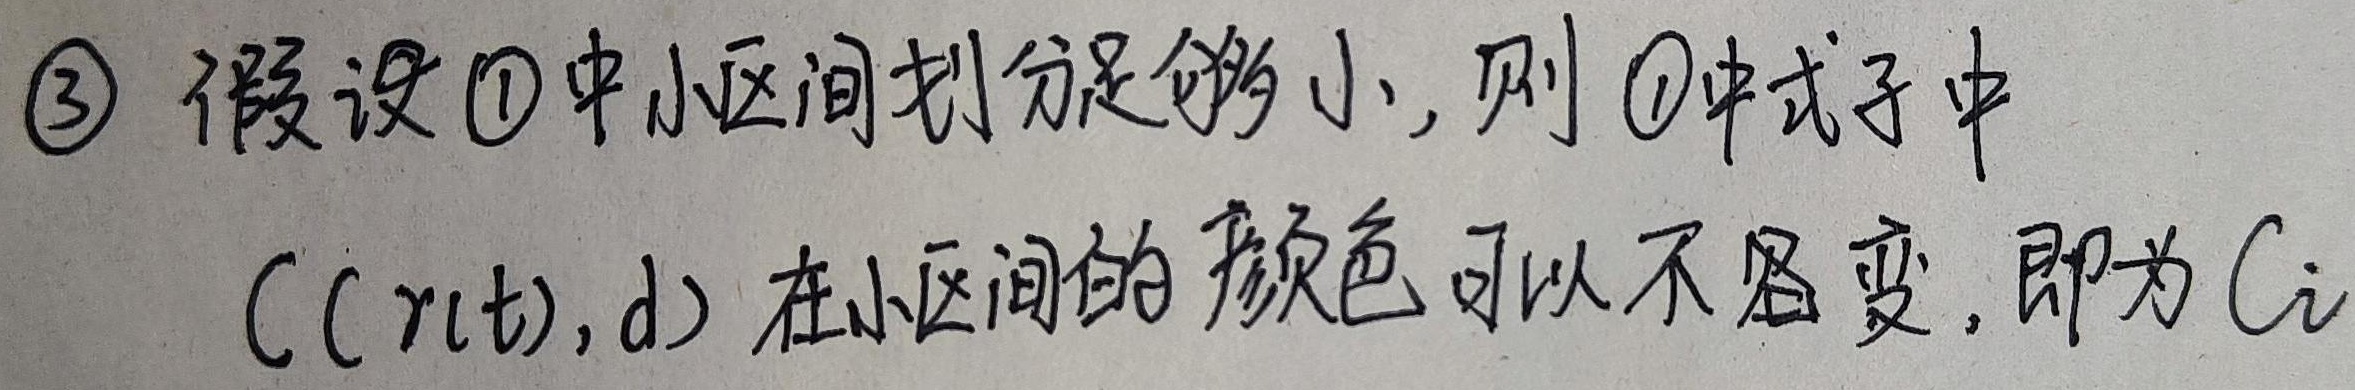
\(\textcircled{3}\) 假设\(\textcircled{1}\)中小区间划分足够小，则\(\textcircled{1}\)中式子中\(C(r(t),d)\)在小区间的颜色可以不变，即为\(C_i\)